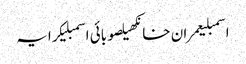
اسمبلیعمران خانکھیلصوبائی اسمبلیکرایہ